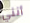
أنني